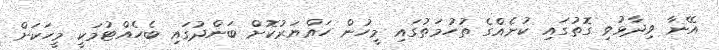
އޭނާ ވިދާޅުވި ގޮތުގައި ކުށެއްގެ ތުހުމަތުގައި މީހުން ހައްޔަރުކޮށް ބަންދުގައި ބެހެއްޓުމަކީ މީހަކަށް